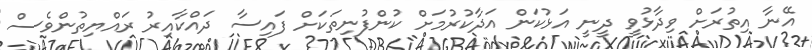
އޭނާ އިތުރަށް ވިދާޅުވީ ދީނީ އަޅުކަން އަދާކުރުމަށް ކުންފުނިތަކަށް ފައިސާ ދައްކާއިރު ރައްޔިތުންވެސް